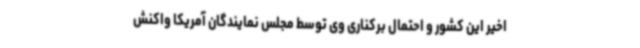
اخیر این کشور و احتمال برکناری وی توسط مجلس نمایندگان آمریکا واکنش